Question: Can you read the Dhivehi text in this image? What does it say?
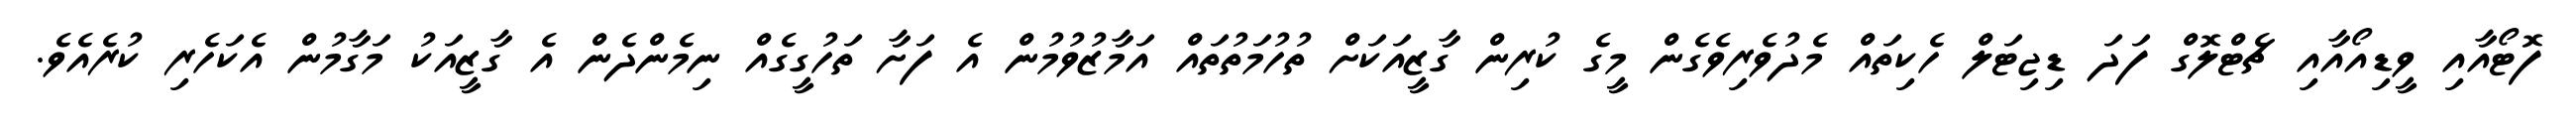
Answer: ފޮޓޯއާއި ވީޑިއޯއާއި ޗެޓްލޮގް ފަދަ ޑިޖިޓަލް ހެކިތައް މެދުވެރިވެގެން މީގެ ކުރިން ގާޒީއަކަށް ތުހުމަތުތައް އަމާޒުވުމުން އެ ފަށާ ތަހުގީގެއް ނިމެންދެން އެ ގާޒީއަކު މަގާމުން އެކަހެރި ކުރެއެވެ.